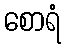
စောရံ